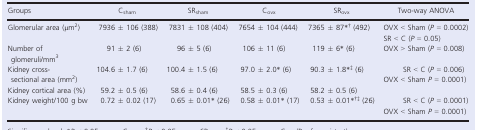
| Groups | Csham | SRsham | Covx | SRovx | Two‐way ANOVA |
 | --- | --- | --- | --- | --- | --- |
 | Glomerular area (μm2) | 7936 ± 106 (388) | 7831 ± 108 (404) | 7654 ± 104 (444) | 7365 ± 87*, † (492) | OVX < Sham (P = 0.0002)SR < C (P = 0.05) |
 | Number of glomeruli/mm3 | 91 ± 2 (6) | 96 ± 5 (6) | 106 ± 11 (6) | 119 ± 6* (6) | OVX > Sham (P = 0.008) |
 | Kidney cross‐sectional area (mm2) | 104.6 ± 1.7 (6) | 100.4 ± 1.5 (6) | 97.0 ± 2.0* (6) | 90.3 ± 1.8*, ‡ (6) | SR < C (P = 0.006)OVX < Sham P = 0.0001) |
 | Kidney cortical area (%) | 59.2 ± 0.5 (6) | 58.6 ± 0.4 (6) | 58.5 ± 0.3 (6) | 58.2 ± 0.5 (6) |  |
 | Kidney weight/100 g bw | 0.72 ± 0.02 (17) | 0.65 ± 0.01* (26) | 0.58 ± 0.01* (17) | 0.53 ± 0.01*, †, ‡ (26) | SR < C (P = 0.0001)OVX < Sham P = 0.0001) |